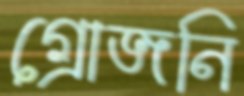
গ্রোজনি